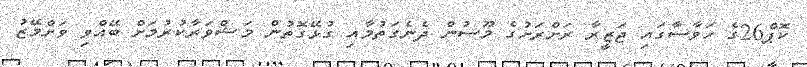
ކޮޕް26ގެ ހަވާސާގައި ޖަޒީރާ ރަށްރަށުގެ މޫސުން ދެނެގަތުމާއި ގުޅޭގޮތުން މަޝްވަރާކުރުމަށް ބޭއްވި ވަށްމޭޒު